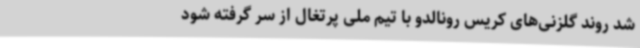
شد روند گلزنی‌های کریس رونالدو با تیم‌ ملی پرتغال از سر گرفته شود